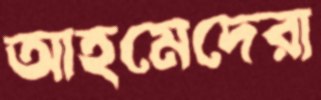
আহমেদেরা